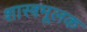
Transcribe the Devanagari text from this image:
शास्त्रमूलक